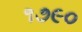
૧૭૯૦